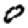
Digit: 0